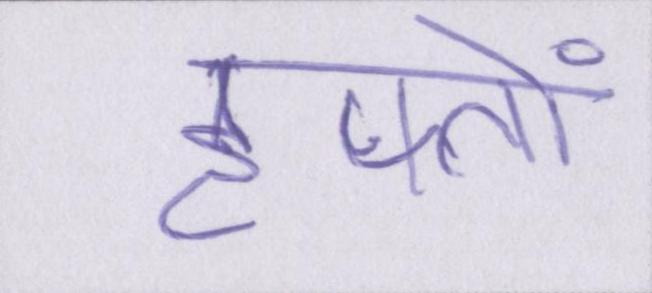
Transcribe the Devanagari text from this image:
हफ्तों